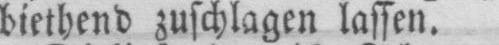
biethend zuschlagen lassen.